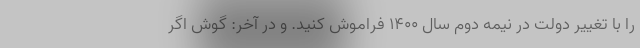
را با تغییر دولت در نیمه دوم سال 1400 فراموش کنید. و در آخر: گوش اگر